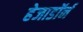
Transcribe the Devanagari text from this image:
हेजाडॉर्न